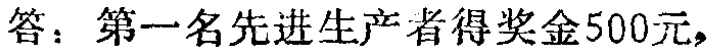
答：第一名先进生产者得奖金500元，